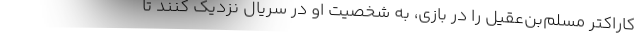
کاراکتر مسلم‌بن‌عقیل را در بازی، به شخصیت او در سریال نزدیک کنند تا